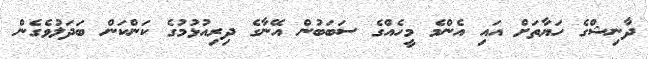
ދާނިޝްގެ ހަޔާތަށް އައި އެންމެ މީހެއްގެ ސަބަބުން އޭނާގެ ދިރިއުޅުމުގެ ކަންކަން ބަދަލުވެގެން